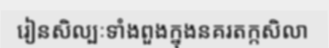
រៀនសិល្បៈទាំងពួងក្នុងនគរតក្កសិលា